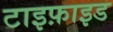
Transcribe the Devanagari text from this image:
टाइफ़ाइड